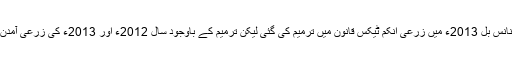
درخواست گزار نے موقف اختیار کیا کہ فنانس بل 2013ء میں زرعی انکم ٹیکس قانون میں ترمیم کی گئی لیکن ترمیم کے باوجود سال 2012ء اور 2013ء کی زرعی آمدن پر ٹیکس وصولی کے نوٹسز بھجوا دئیے۔